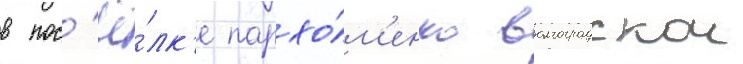
в пос'ё́лк'е пархо́м'енко волгоградскои